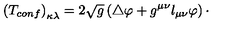
\left( T _ { c o n f } \right) _ { \kappa \lambda } = 2 \sqrt { g } \left( \bigtriangleup \varphi + g ^ { \mu \nu } l _ { \mu \nu } \varphi \right) \cdot